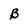
Character: B